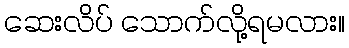
ဆေးလိပ် သောက်လို့ရမလား။